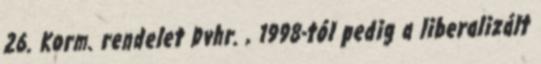
26. Korm. rendelet Dvhr. , 1998-tól pedig a liberalizált